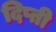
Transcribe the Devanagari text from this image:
दिप्ती